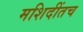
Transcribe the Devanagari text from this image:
मशिदींतच